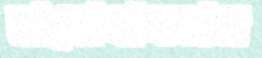
ভালোবাসতাম